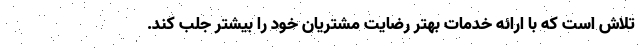
تلاش است که با ارائه خدمات بهتر رضایت مشتریان خود را بیشتر جلب کند.